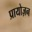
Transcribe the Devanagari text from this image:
प्रायोज़न